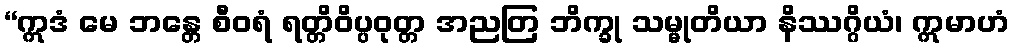
“ဣဒံ မေ ဘန္တေ စီဝရံ ရတ္တိဝိပ္ပဝုတ္တ အညတြ ဘိက္ခု သမ္မုတိယာ နိဿဂ္ဂိယံ၊ ဣမာဟံ